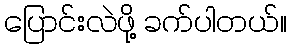
ပြောင်းလဲဖို့ ခက်ပါတယ်။